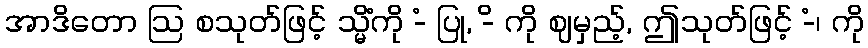
အာဒိတော ဩ စသုတ်ဖြင့် သ္မိံကို -ံ ပြု, -ိ ကို ဈမှည့်, ဤသုတ်ဖြင့် -ံ၊ ကို